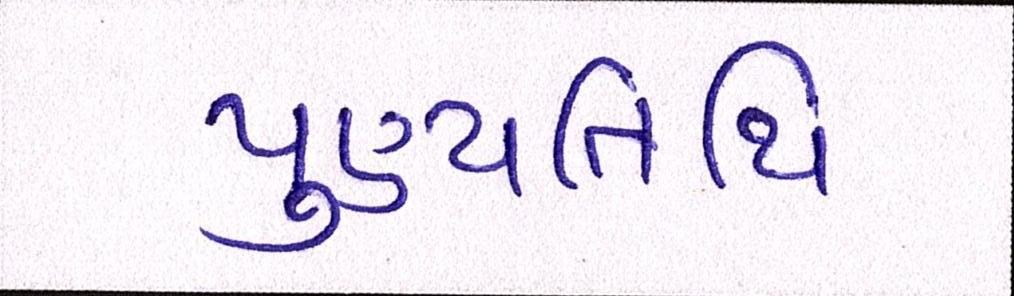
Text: પુણ્યતિથિ